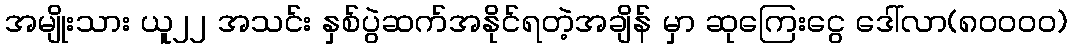
အမျိုးသား ယူ၂၂ အသင်း နှစ်ပွဲဆက်အနိုင်ရတဲ့အချိန် မှာ ဆုကြေးငွေ ဒေါ်လာ(၈၀၀၀၀)